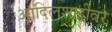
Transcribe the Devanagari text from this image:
आदिलशाहीवर